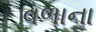
વળાના